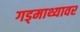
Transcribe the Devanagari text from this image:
गड्माथ्यावर